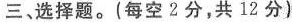
三、选择题。（每空2分，共12分）